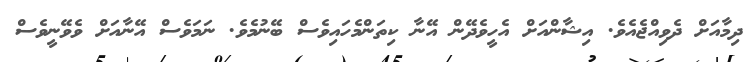
ދިމާއަށް ދެވިއްޖެއެވެ. އިޝާންއަށް އެހީވެދޭން އޭނާ ކިތަންމެހައިވެސް ބޭނުމެވެ. ނަމަވެސް އޭނާއަށް ވެވޭނީވެސް